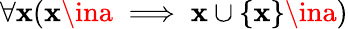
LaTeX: \forall\mathbf{x}(\mathbf{x}\ina\implies\mathbf{x}\cup\{ \mathbf{x}\} \ina)